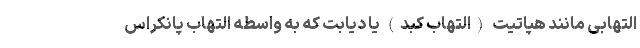
التهابی مانند هپاتیت (التهاب کبد) یا دیابت که به واسطه التهاب پانکراس